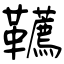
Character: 韀